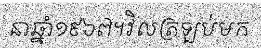
នាឆ្នាំ១៩៦៧។វិលត្រឡប់មក